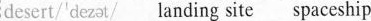
desert/'dezst/ landing site spaceship